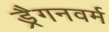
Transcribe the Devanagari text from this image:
ड्रैगनवर्म